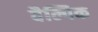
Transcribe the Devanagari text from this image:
वैल्पिक